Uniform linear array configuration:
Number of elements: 8
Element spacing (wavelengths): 0.5
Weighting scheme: cosine
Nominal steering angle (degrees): -15
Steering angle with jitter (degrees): -15.24
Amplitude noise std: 0.05
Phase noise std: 0.05

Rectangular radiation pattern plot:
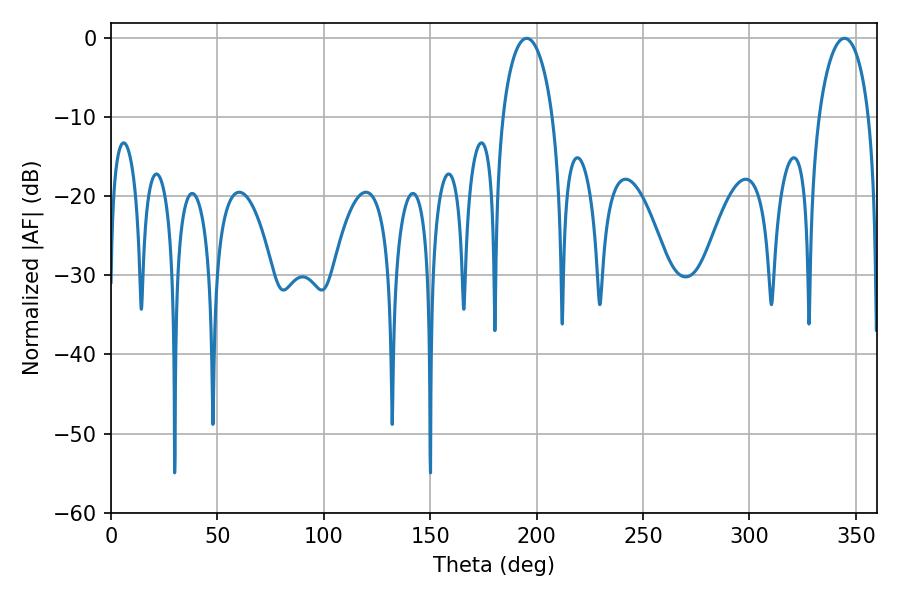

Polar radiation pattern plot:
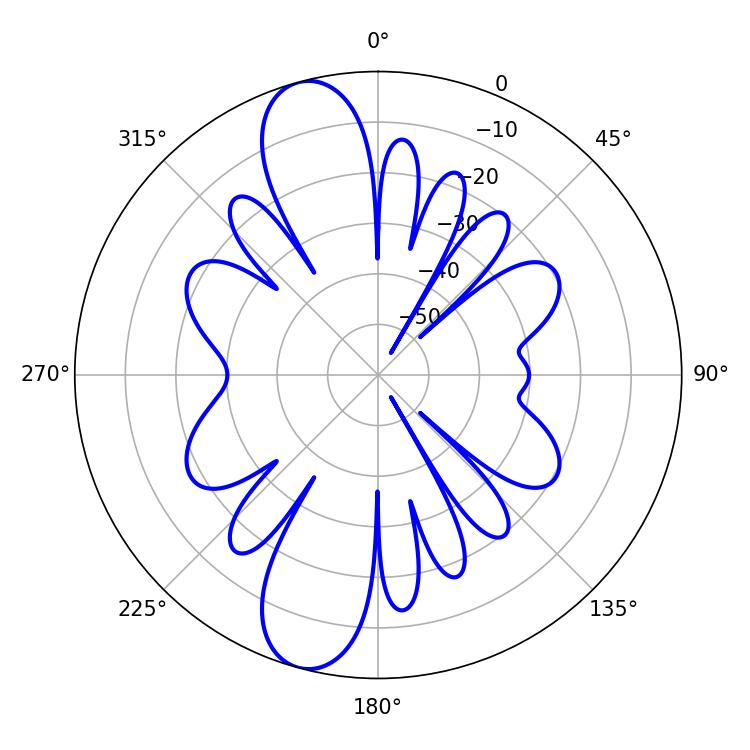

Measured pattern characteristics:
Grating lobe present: FALSE
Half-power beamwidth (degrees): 13.68
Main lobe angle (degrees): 195.3